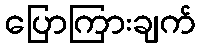
ပြောကြားချက်